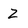
Character: Z